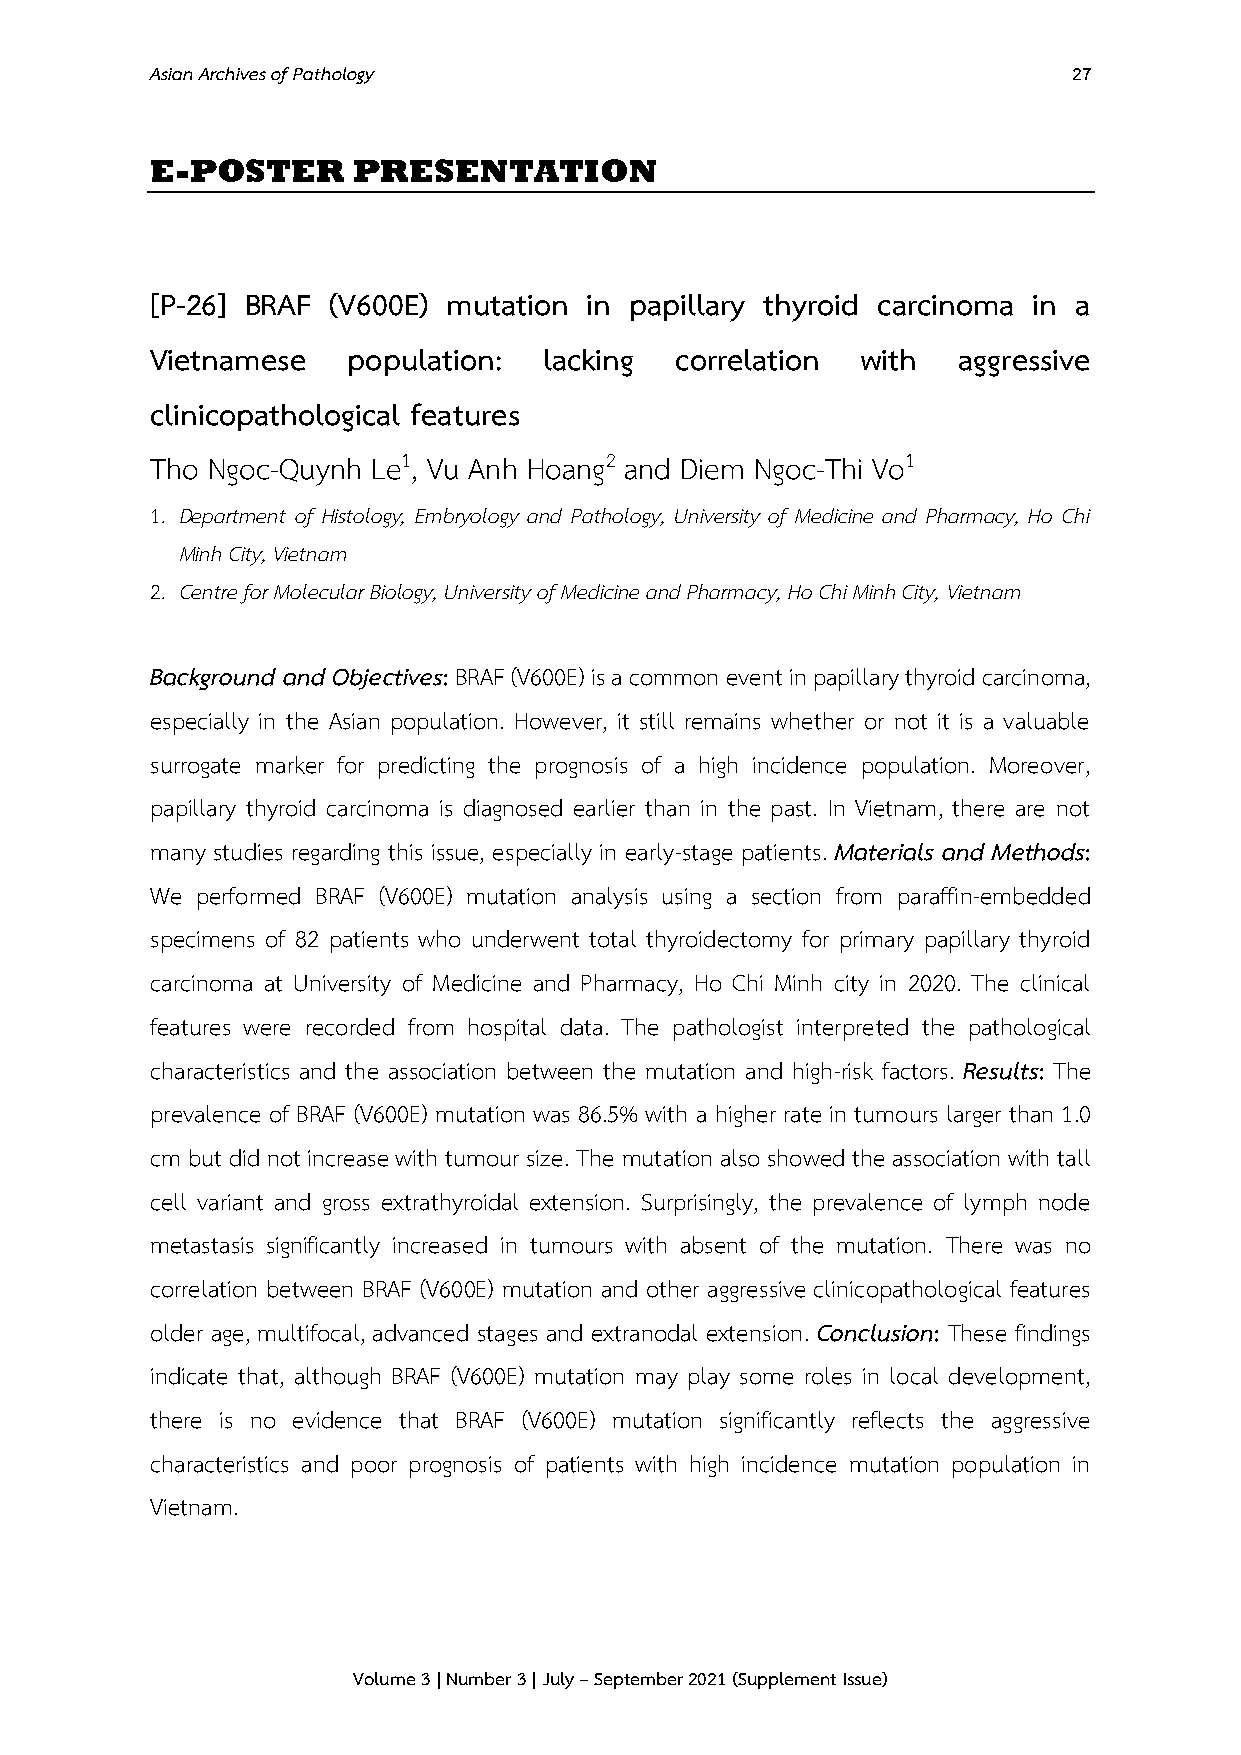
Asian Archives of Pathology                                  27
 E-POSTER     PRESENTATION
 [P-26] BRAF (V600E) mutation in papillary thyroid carcinoma in a
 Vietnamese   population:  lacking  correlation with  aggressive
 clinicopathological features
 Tho Ngoc-Quynh Le1, Vu Anh Hoang2 and Diem Ngoc-Thi Vo1
 1. Department of Histology, Embryology and Pathology, University of Medicine and Pharmacy, Ho Chi
 Minh City, Vietnam
 2. Centre for Molecular Biology, University of Medicine and Pharmacy, Ho Chi Minh City, Vietnam
 Background and Objectives: BRAF (V600E) is a common event in papillary thyroid carcinoma,
 especially in the Asian population. However, it still remains whether or not it is a valuable
 surrogate marker for predicting the prognosis of a high incidence population. Moreover,
 papillary thyroid carcinoma is diagnosed earlier than in the past. In Vietnam, there are not
 many studies regarding this issue, especially in early-stage patients. Materials and Methods:
 We performed BRAF (V600E) mutation analysis using a section from paraffin-embedded
 specimens of 82 patients who underwent total thyroidectomy for primary papillary thyroid
 carcinoma at University of Medicine and Pharmacy, Ho Chi Minh city in 2020. The clinical
 features were recorded from hospital data. The pathologist interpreted the pathological
 characteristics and the association between the mutation and high-risk factors. Results: The
 prevalence of BRAF (V600E) mutation was 86.5% with a higher rate in tumours larger than 1.0
 cm but did not increase with tumour size. The mutation also showed the association with tall
 cell variant and gross extrathyroidal extension. Surprisingly, the prevalence of lymph node
 metastasis significantly increased in tumours with absent of the mutation. There was no
 correlation between BRAF (V600E) mutation and other aggressive clinicopathological features
 older age, multifocal, advanced stages and extranodal extension. Conclusion: These findings
 indicate that, although BRAF (V600E) mutation may play some roles in local development,
 there is no evidence that BRAF (V600E) mutation significantly reflects the aggressive
 characteristics and poor prognosis of patients with high incidence mutation population in
 Vietnam.
 Volume 3 | Number 3 | July – September 2021 (Supplement Issue)